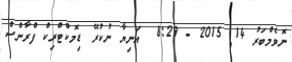
ނޮވެމްބަރު 14